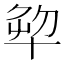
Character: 𠦨